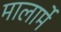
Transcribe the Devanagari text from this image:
मालार्मे